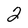
Character: 2